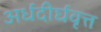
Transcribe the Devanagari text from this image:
अर्धदीर्घवृत्त